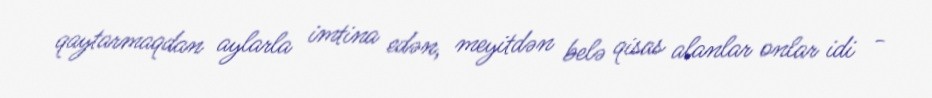
qaytarmaqdan aylarla imtina edən, meyitdən belə qisas alanlar onlar idi -